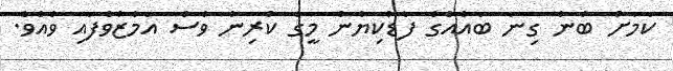
ކަމަށް ބުނެ ގިނަ ބައެއްގެ ފާޑުކިޔުން މީގެ ކުރިން ވެސް އަމާޒުވެފައި ވެއެވެ.